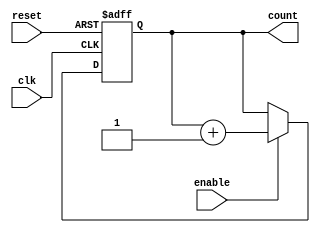
module BinaryUpCounterWithEnable (
    input wire clk,
    input wire reset,
    input wire enable,
    output reg [7:0] count
);

always @(posedge clk or posedge reset) begin
    if (reset) begin
        count <= 8'b0;
    end else if (enable) begin
        count <= count + 1;
    end
end

endmodule